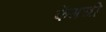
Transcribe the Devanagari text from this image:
फेंगची